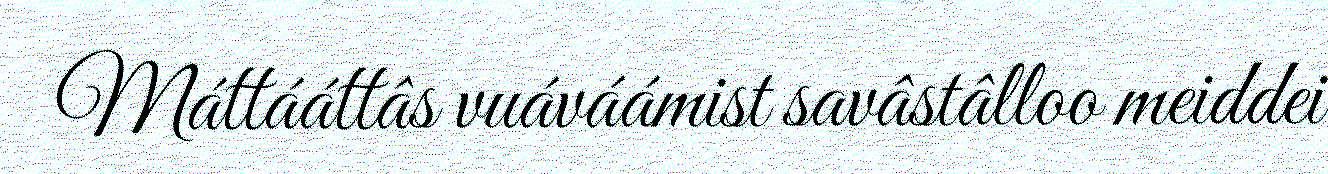
Máttááttâs vuáváámist savâstâlloo meiddei